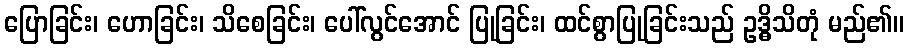
ပြောခြင်း၊ ဟောခြင်း၊ သိစေခြင်း၊ ပေါ်လွင်အောင် ပြုခြင်း၊ ထင်စွာပြုခြင်းသည် ဥဒ္ဓိသိတုံ မည်၏။